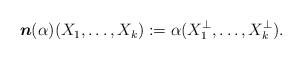
LaTeX: \begin{align*} \begin{aligned} \boldsymbol{n}(\alpha)(X_{1},\ldots,X_{k}):=\alpha(X_{1}^{\perp},\ldots,X_{k}^{\perp}). \end{aligned}\end{align*}